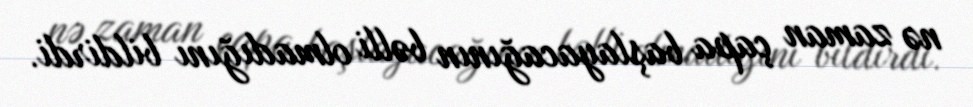
nə zaman çapa başlayacağının bəlli olmadığını bildirdi.